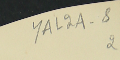
YAL2A-82